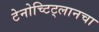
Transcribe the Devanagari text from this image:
टेनोच्टिट्लानचा